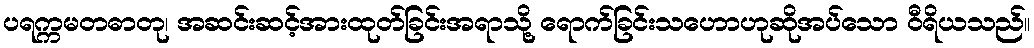
ပရက္ကမတဓာတု၊ အဆင်းဆင့်အားထုတ်ခြင်းအရာသို့ ရောက်ခြင်းသဟောဟုဆိုအပ်သော ဝီရိယသည်။